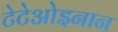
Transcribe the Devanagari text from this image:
टेटेओइनान